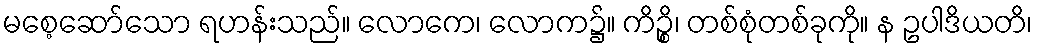
မစေ့ဆော်သော ရဟန်းသည်။ လောကေ၊ လောက၌။ ကိဉ္စိ၊ တစ်စုံတစ်ခုကို။ န ဥပါဒိယတိ၊